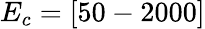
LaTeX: E_{c}=[50-2000]